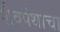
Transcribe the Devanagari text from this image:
शैवपंथाचा